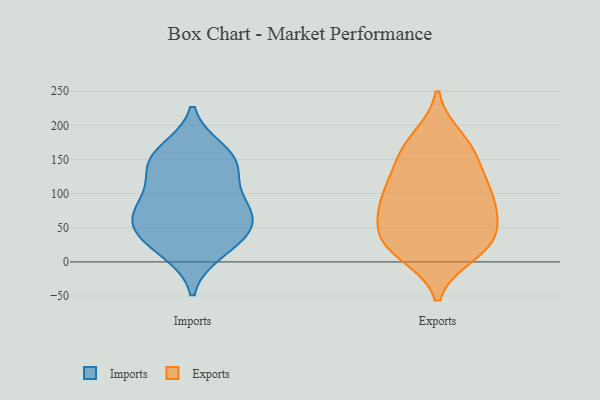
{"axis": {"x": "Active Users", "y": "Value"}, "legend": ["Exports", "Imports"], "data": [{"x": "", "y": 77, "type": "Imports"}, {"x": "", "y": 81, "type": "Imports"}, {"x": "", "y": 144, "type": "Imports"}, {"x": "", "y": 58, "type": "Imports"}, {"x": "", "y": 41, "type": "Imports"}, {"x": "", "y": 58, "type": "Imports"}, {"x": "", "y": 162, "type": "Imports"}, {"x": "", "y": 16, "type": "Imports"}, {"x": "", "y": 146, "type": "Imports"}, {"x": "", "y": 29, "type": "Imports"}, {"x": "", "y": 143, "type": "Imports"}, {"x": "", "y": 98, "type": "Imports"}, {"x": "", "y": 101, "type": "Exports"}, {"x": "", "y": 66, "type": "Exports"}, {"x": "", "y": 90, "type": "Exports"}, {"x": "", "y": 157, "type": "Exports"}, {"x": "", "y": 45, "type": "Exports"}, {"x": "", "y": 20, "type": "Exports"}, {"x": "", "y": 21, "type": "Exports"}, {"x": "", "y": 90, "type": "Exports"}, {"x": "", "y": 44, "type": "Exports"}, {"x": "", "y": 12, "type": "Exports"}, {"x": "", "y": 30, "type": "Exports"}, {"x": "", "y": 173, "type": "Exports"}, {"x": "", "y": 181, "type": "Exports"}, {"x": "", "y": 125, "type": "Exports"}, {"x": "", "y": 89, "type": "Exports"}, {"x": "", "y": 140, "type": "Exports"}]}